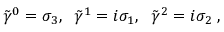
{ \tilde { \gamma } } ^ { 0 } = \sigma _ { 3 } , \; \; { \tilde { \gamma } } ^ { 1 } = i \sigma _ { 1 } , \; \; { \tilde { \gamma } } ^ { 2 } = i \sigma _ { 2 } \; ,